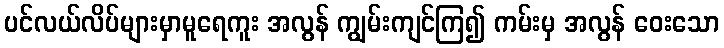
ပင်လယ်လိပ်များမှာမူရေကူး အလွန် ကျွမ်းကျင်ကြ၍ ကမ်းမှ အလွန် ဝေးသော